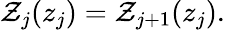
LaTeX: \begin{array}{r}{\mathcal{Z}_{j}(z_{j})=\mathcal{Z}_{j+1}(z_{j}).}\end{array}